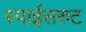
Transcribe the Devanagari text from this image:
स्पाईसरुट